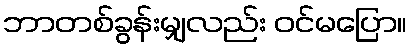
ဘာတစ်ခွန်းမျှလည်း ဝင်မပြော။